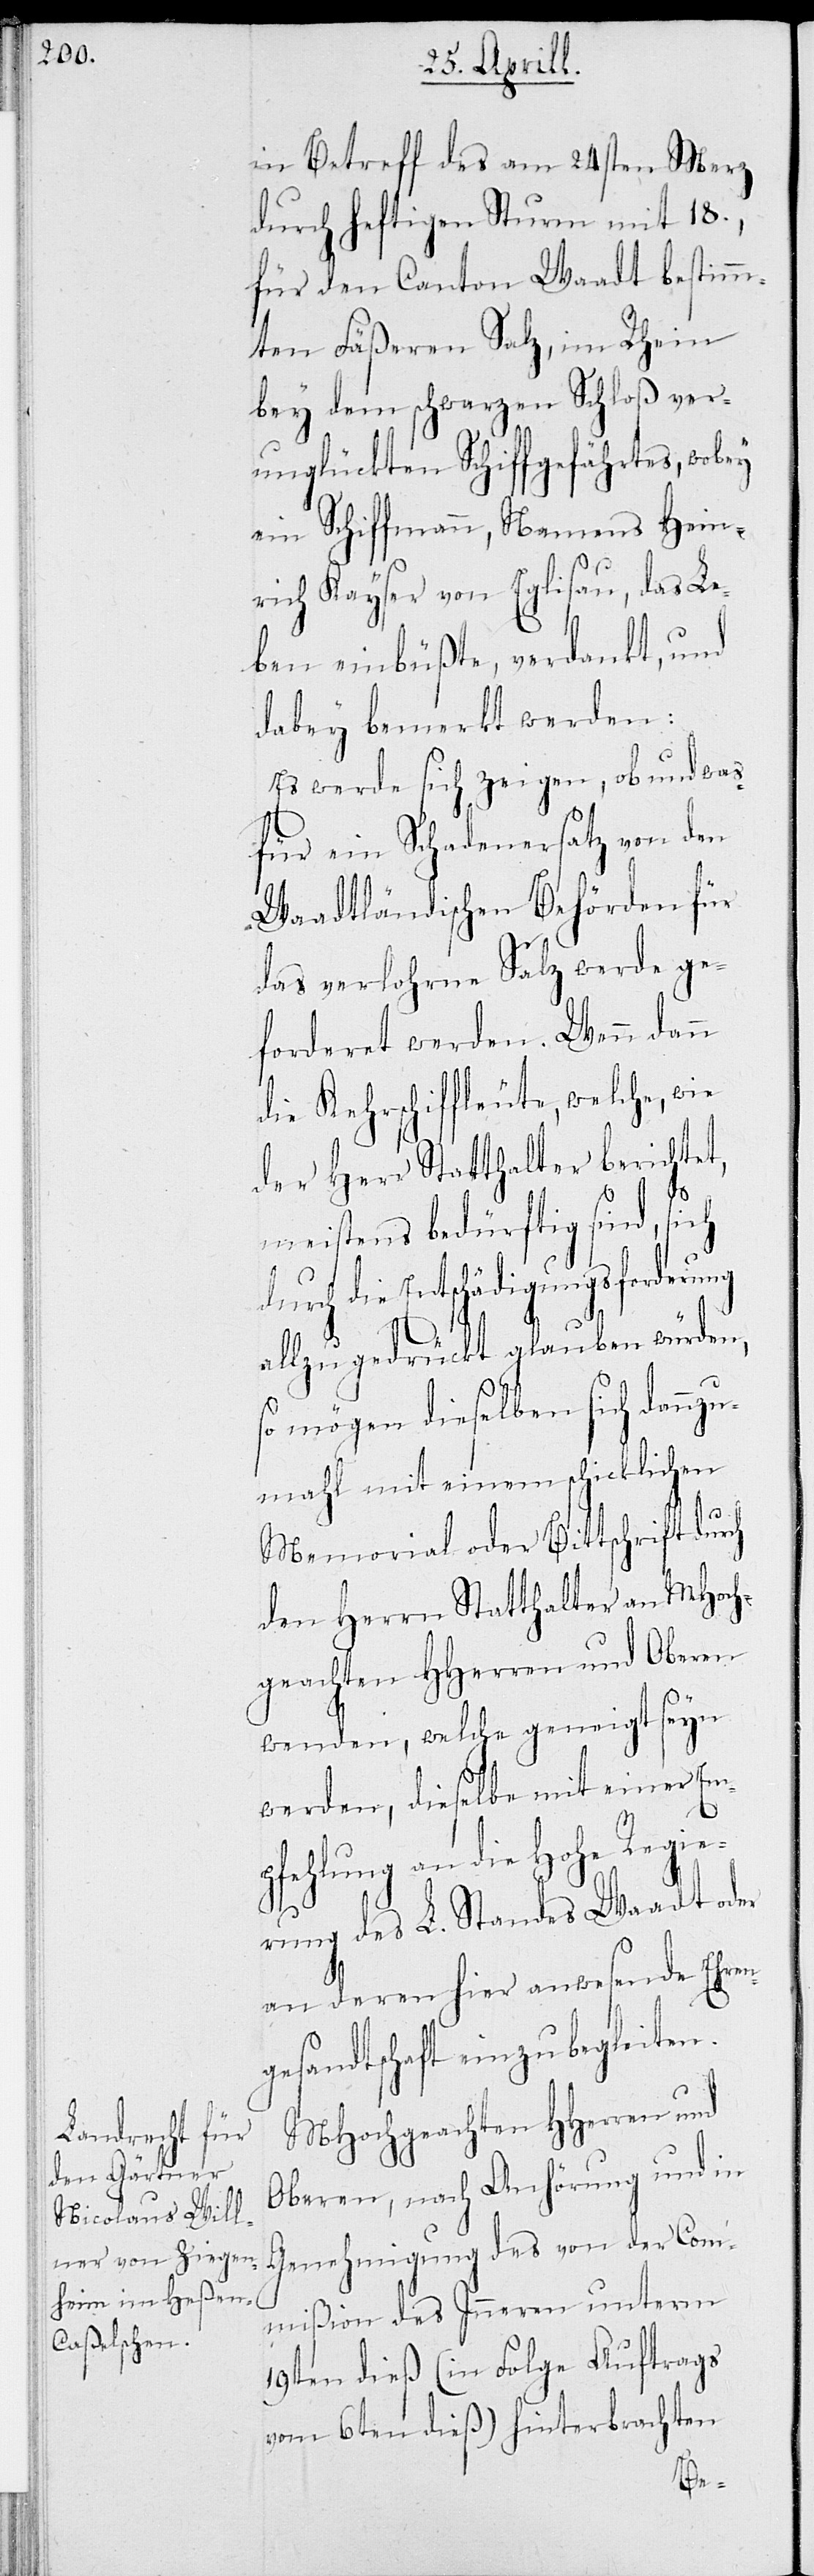
in Betreff des am 24sten Merz
durch heftigen Sturm mit 18.,
für den Canton Waadt bestimm¬
ten Fäßeren Salz, im Rhein
bey dem schwarzen Schloß ver¬
unglückten Schiffgefährtes, wobey
ein Schiffmann, Namens Hein¬
rich Kayser von Eglisau, das Le¬
ben einbüßte, verdankt, und
dabey bemerkt werden:
Es werde sich zeigen, ob und was
für ein Schadenersatz von den
Waadtländischen Behörden für
das verlohrne Salz werde ge¬
forderet werden. Wenn dann
die Kehrschiffleute, welche, wie
der Herr Statthalter berichtet,
meistens bedürftig sind, sich
urch die Entschädigungsforderu¬
ch
allzu gedrückt glauben würden,
so mögen dieselben sich dannzu¬
mahl mit einem schicklichen
Memorial oder Bittschrift dur¬
den Herrn Statthalter an MHoch¬
geachten HHerren und Oberen
wenden, welche geneigt seyn
werden, dieselbe mit einer Em¬
pfehlung an die Hohe Regie¬
rung des L. Standes Waadt oder
an deren hier anwesende Ehren¬
gesandtschaft einzubegleiten.
MHochgeachten Herren und
Oberen, nach Anhörung und in
Genehmigung des von der Com¬
mißion des Inneren unterm
19ten dieß (in Folge Auftrags
vom 6ten dieß) hinterbrachten